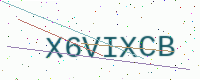
Text: X6VIXCB